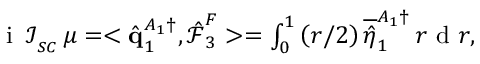
\begin{array} { r } { \mathrm { ~ i ~ } \, \mathcal { I } _ { _ { S C } } \, \mu = < \hat { \mathbf { q } } _ { 1 } ^ { A _ { 1 } \dagger } , \boldsymbol { \hat { \mathcal { F } } } _ { 3 } ^ { F } > = \int _ { 0 } ^ { 1 } \left( r / 2 \right) \overline { { \hat { \eta } } } _ { 1 } ^ { A _ { 1 } \dagger } \, r \mathrm { ~ d ~ } r , } \end{array}